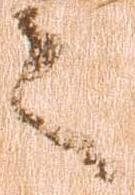
之